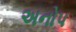
અનોપ